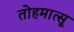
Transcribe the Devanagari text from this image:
तोहमात्सू